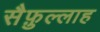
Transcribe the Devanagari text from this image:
सैफ़ुल्लाह